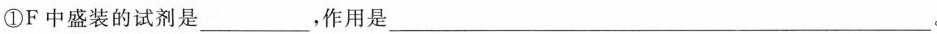
①F中盛装的试剂是___，作用是___。